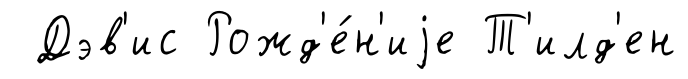
Дэв'ис Рожд'е́н'иjе Т'илд'ен